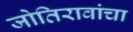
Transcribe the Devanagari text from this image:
जोतिरावांचा